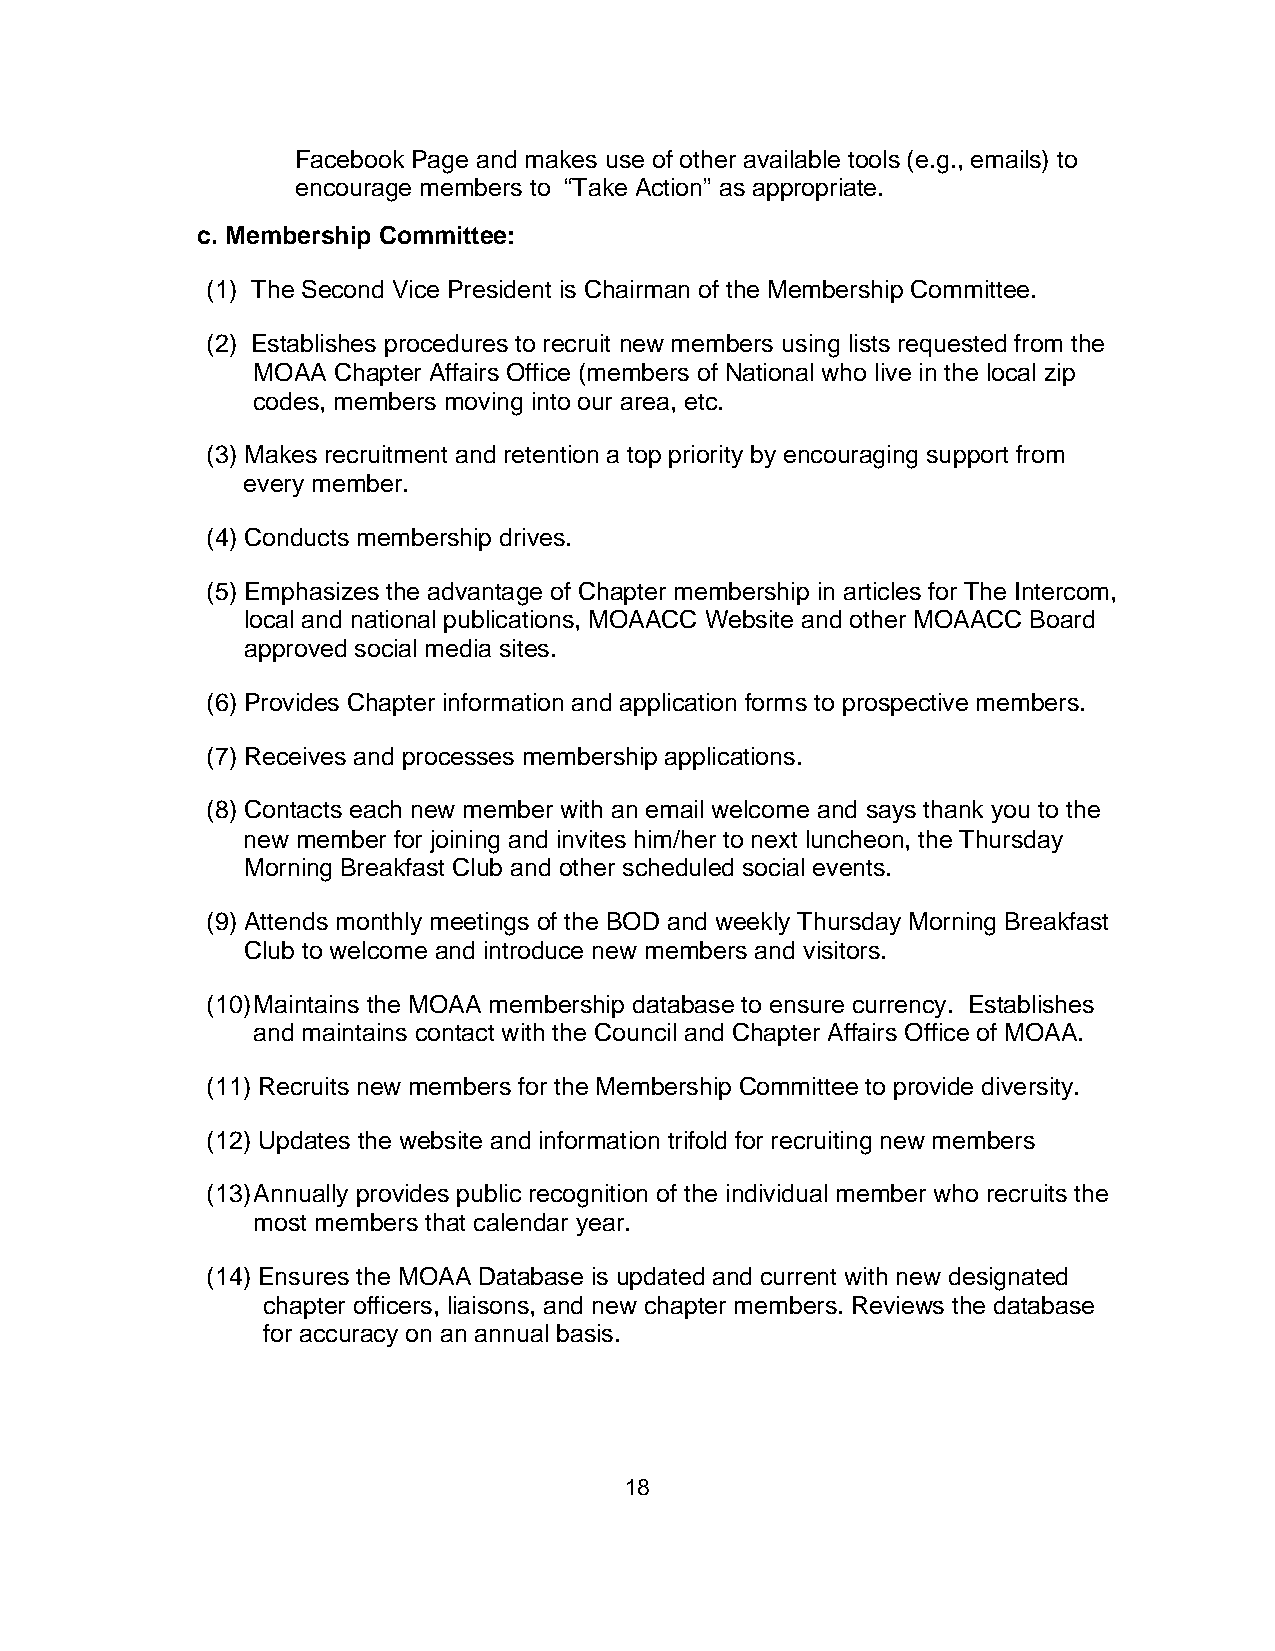
Facebook Page and makes use of other available tools (e.g., emails) to
 encourage members to “Take Action” as appropriate.
 c. Membership Committee:
 (1) The Second Vice President is Chairman of the Membership Committee.
 (2) Establishes procedures to recruit new members using lists requested from the
 MOAA Chapter Affairs Office (members of National who live in the local zip
 codes, members moving into our area, etc.
 (3) Makes recruitment and retention a top priority by encouraging support from
 every member.
 (4) Conducts membership drives.
 (5) Emphasizes the advantage of Chapter membership in articles for The Intercom,
 local and national publications, MOAACC Website and other MOAACC Board
 approved social media sites.
 (6) Provides Chapter information and application forms to prospective members.
 (7) Receives and processes membership applications.
 (8) Contacts each new member with an email welcome and says thank you to the
 new member for joining and invites him/her to next luncheon, the Thursday
 Morning Breakfast Club and other scheduled social events.
 (9) Attends monthly meetings of the BOD and weekly Thursday Morning Breakfast
 Club to welcome and introduce new members and visitors.
 (10) Maintains the MOAA membership database to ensure currency. Establishes
 and maintains contact with the Council and Chapter Affairs Office of MOAA.
 (11) Recruits new members for the Membership Committee to provide diversity.
 (12) Updates the website and information trifold for recruiting new members
 (13) Annually provides public recognition of the individual member who recruits the
 most members that calendar year.
 (14) Ensures the MOAA Database is updated and current with new designated
 chapter officers, liaisons, and new chapter members. Reviews the database
 for accuracy on an annual basis.
 18